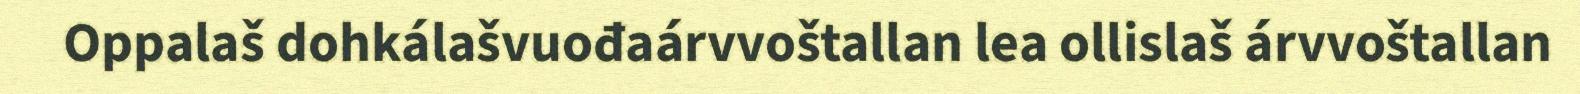
Oppalaš dohkálašvuođaárvvoštallan lea ollislaš árvvoštallan